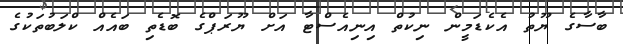
ބާސާގެ ޔޫތު އެކެޑަމީން ނިކުތް އިނިއެސްޓާ އަށް ޔޫރަޕްގެ ބޮޑެތި ބައެއް ކްލަބުތަކުގެ